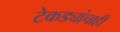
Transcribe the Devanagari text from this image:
टेकड्यांचाही